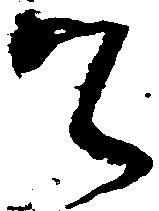
て